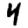
Digit: 4